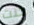
كنت